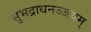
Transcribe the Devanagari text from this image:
सुभद्राधनञ्जयम्